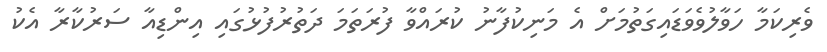
ވެރިކަމާ ހަވާލުވެވަޑައިގަތުމަށް އެ މަނިކުފާނު ކުރައްވާ ފުރަތަމަ ދަތުރުފުޅުގައި އިންޑިއާ ސަރުކާރާ އެކު